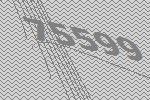
75599